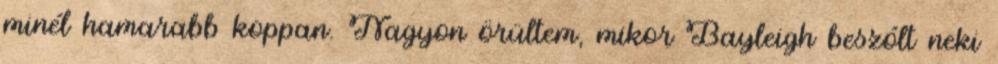
minél hamarabb koppan. Nagyon örültem, mikor Bayleigh beszólt neki